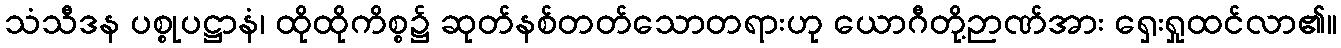
သံသီဒန ပစ္စုပဋ္ဌာနံ၊ ထိုထိုကိစ္စ၌ ဆုတ်နစ်တတ်သောတရားဟု ယောဂီတို့ဉာဏ်အား ရှေးရှုထင်လာ၏။